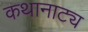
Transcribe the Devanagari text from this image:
कथानाट्य